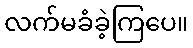
လက်မခံခဲ့ကြပေ။